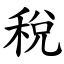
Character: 稅